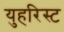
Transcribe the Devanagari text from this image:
युहरिस्ट